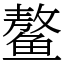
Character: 鳌